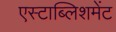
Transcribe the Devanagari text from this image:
एस्टाब्लिशमेंट